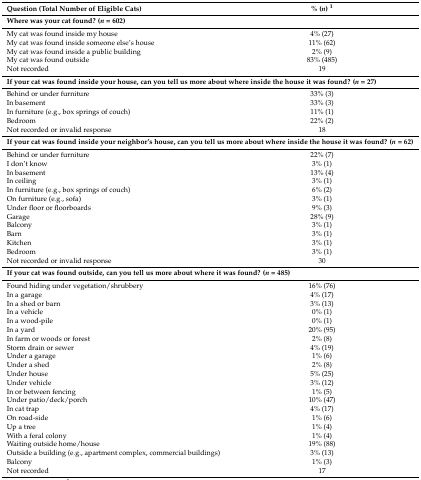
<table><thead><tr><td><b>Question (Total Number of Eligible Cats)</b></td><td><b>% (<i>n</i>) <sup>1</sup></b></td></tr></thead><tbody><tr><td colspan="2"><b>Where was your cat found? (<i>n</i> = 602)</b></td></tr><tr><td>My cat was found inside my house</td><td>4% (27)</td></tr><tr><td>My cat was found inside someone else’s house</td><td>11% (62)</td></tr><tr><td>My cat was found inside a public building</td><td>2% (9)</td></tr><tr><td>My cat was found outside</td><td>83% (485)</td></tr><tr><td>Not recorded</td><td>19</td></tr><tr><td colspan="2"><b>If your cat was found inside your house, can you tell us more about where inside the house it was found? (<i>n</i> = 27)</b></td></tr><tr><td>Behind or under furniture</td><td>33% (3)</td></tr><tr><td>In basement</td><td>33% (3)</td></tr><tr><td>In furniture (e.g., box springs of couch)</td><td>11% (1)</td></tr><tr><td>Bedroom</td><td>22% (2)</td></tr><tr><td>Not recorded or invalid response</td><td>18</td></tr><tr><td colspan="2"><b>If your cat was found inside your neighbor’s house, can you tell us more about where inside the house it was found? (<i>n</i> = 62)</b></td></tr><tr><td>Behind or under furniture</td><td>22% (7)</td></tr><tr><td>I don’t know</td><td>3% (1)</td></tr><tr><td>In basement</td><td>13% (4)</td></tr><tr><td>In ceiling</td><td>3% (1)</td></tr><tr><td>In furniture (e.g., box springs of couch)</td><td>6% (2)</td></tr><tr><td>On furniture (e.g., sofa)</td><td>3% (1)</td></tr><tr><td>Under floor or floorboards</td><td>9% (3)</td></tr><tr><td>Garage</td><td>28% (9)</td></tr><tr><td>Balcony</td><td>3% (1)</td></tr><tr><td>Barn</td><td>3% (1)</td></tr><tr><td>Kitchen</td><td>3% (1)</td></tr><tr><td>Bedroom</td><td>3% (1)</td></tr><tr><td>Not recorded or invalid response</td><td>30</td></tr><tr><td colspan="2"><b>If your cat was found outside, can you tell us more about where it was found? (<i>n</i> = 485)</b></td></tr><tr><td>Found hiding under vegetation/shrubbery</td><td>16% (76)</td></tr><tr><td>In a garage</td><td>4% (17)</td></tr><tr><td>In a shed or barn</td><td>3% (13)</td></tr><tr><td>In a vehicle</td><td>0% (1)</td></tr><tr><td>In a wood-pile</td><td>0% (1)</td></tr><tr><td>In a yard</td><td>20% (95)</td></tr><tr><td>In farm or woods or forest</td><td>2% (8)</td></tr><tr><td>Storm drain or sewer</td><td>4% (19)</td></tr><tr><td>Under a garage</td><td>1% (6)</td></tr><tr><td>Under a shed</td><td>2% (8)</td></tr><tr><td>Under house</td><td>5% (25)</td></tr><tr><td>Under vehicle</td><td>3% (12)</td></tr><tr><td>In or between fencing</td><td>1% (5)</td></tr><tr><td>Under patio/deck/porch</td><td>10% (47)</td></tr><tr><td>In cat trap</td><td>4% (17)</td></tr><tr><td>On road-side</td><td>1% (6)</td></tr><tr><td>Up a tree</td><td>1% (4)</td></tr><tr><td>With a feral colony</td><td>1% (4)</td></tr><tr><td>Waiting outside home/house</td><td>19% (88)</td></tr><tr><td>Outside a building (e.g., apartment complex, commercial buildings)</td><td>3% (13)</td></tr><tr><td>Balcony</td><td>1% (3)</td></tr><tr><td>Not recorded</td><td>17</td></tr></tbody></table>